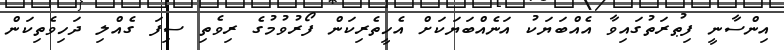
އިންސާނީ ފިޠުރަތުގައިވާ އެއްބަޔަކު އަނެއްބަޔަކަށް އެހީތެރިކަން ފޯރުވުމުގެ ރިވެތި ސިފަ ގެއްލި ދަހިވެތިކަން